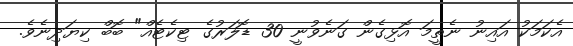
އެކަމަކު އައިނު ނެތީމަ އޮޅިގެން ގަނެވުނީ 30 ޑޮލަރުގެ ޓިކެޓެއް" ބޮބް ކިޔަދިނެވެ.